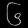
Digit: ၆